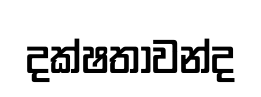
දක්ෂතාවන්ද